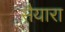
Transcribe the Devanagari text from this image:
सैयारा